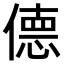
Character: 𫣜